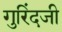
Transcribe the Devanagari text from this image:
गुरिंदजी